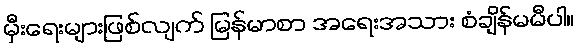
မှီးရေးများဖြစ်လျက် မြန်မာစာ အရေးအသား စံချိန်မမီပါ။